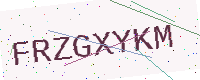
Text: FRZGXYKM